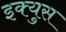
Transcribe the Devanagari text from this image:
इक्युस